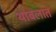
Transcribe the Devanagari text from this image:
थांबलात